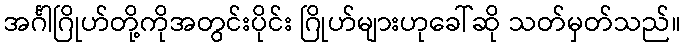
အင်္ဂါဂြိုဟ်တို့ကိုအတွင်းပိုင်း ဂြိုဟ်များဟုခေါ်ဆို သတ်မှတ်သည်။